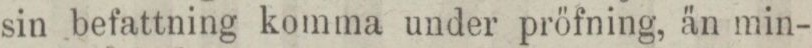
sin befattning komma under pröfning, än min-